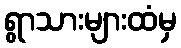
ရွာသားများထံမှ